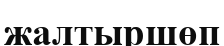
жалтыршөп